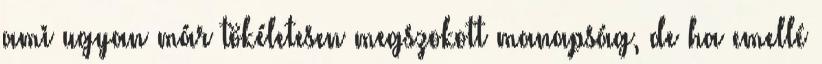
ami ugyan már tökéletesen megszokott manapság, de ha emellé